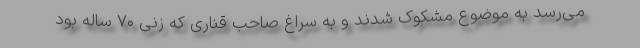
می‌رسد به موضوع مشکوک شدند و به سراغ صاحب قناری که زنی ۷۰ ساله بود